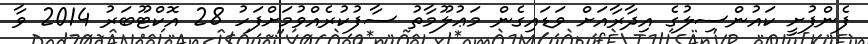
ފެންފުށީ ކައުންސިލުގެ އިދާރާއަށް ވަޑައިގެން މަޢުލޫމާތު ސާފުކުރެއްވުމަށްފަހު 28 އޮކްޓޫބަރު 2014 ވާ